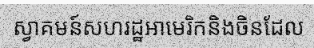
ស្វាគមន៍សហរដ្ឋអាមេរិកនិងចិនដែល